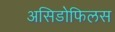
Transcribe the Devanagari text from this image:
असिडोफिलस